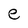
Character: e